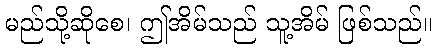
မည်သို့ဆိုစေ၊ ဤအိမ်သည် သူ့အိမ် ဖြစ်သည်။